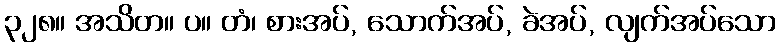
၃၂၈။ အသိတ။ ပ။ တံ၊ စားအပ်, သောက်အပ်, ခဲအပ်, လျက်အပ်သော